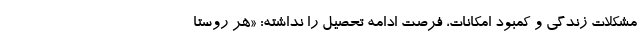
مشکلات زندگی و کمبود امکانات، فرصت ادامه تحصیل را نداشته: «هر روستا